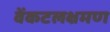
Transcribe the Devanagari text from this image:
वेंकटलक्षमण